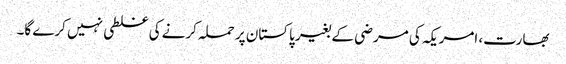
بھارت، امریکہ کی مرضی کے بغیر پاکستان پر حملہ کرنے کی غلطی نہیں کرے گا۔